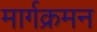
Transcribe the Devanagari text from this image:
मार्गक्रमन